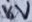
Text: 16V